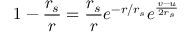
1 - \frac { r _ { s } } { r } = \frac { r _ { s } } { r } e ^ { - r / r _ { s } } e ^ { \frac { v - u } { 2 r _ { s } } }